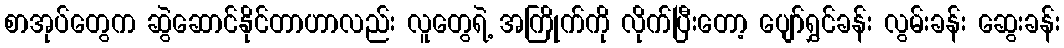
စာအုပ်တွေက ဆွဲဆောင်နိုင်တာဟာလည်း လူတွေရဲ့ အကြိုက်ကို လိုက်ပြီးတော့ ပျော်ရွှင်ခန်း လွမ်းခန်း ဆွေးခန်း